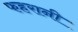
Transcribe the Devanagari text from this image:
फहरानी